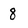
Character: 8